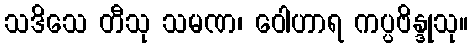
သဒိသေ တီသု သမဏ၊ ဝေါဟာရ ကပ္ပဗိန္ဒုသု။